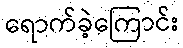
ရောက်ခဲ့ကြောင်း